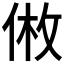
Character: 𪝅